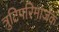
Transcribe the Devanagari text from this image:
त्रुटिपरिमार्जक